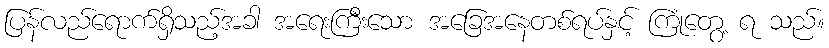
ပြန်လည်ရောက်ရှိသည့်အခါ အရေးကြီးသော အခြေအနေတစ်ရပ်နှင့် ကြုံတွေ့ ရ သည်။